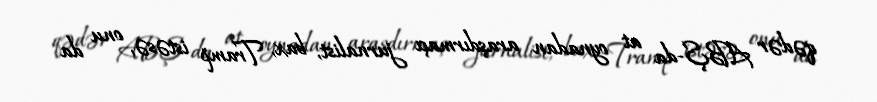
qədər ABŞ-da at oynadan araşdırmaçı jurnalist, bax, Tramp istəsə, onu da